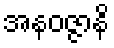
အနဝဇ္ဇာနိ